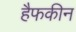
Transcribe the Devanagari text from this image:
हैफकीन